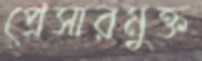
প্রেসারমুক্ত